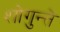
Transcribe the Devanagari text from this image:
शोगुन्ते